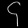
Digit: ၄